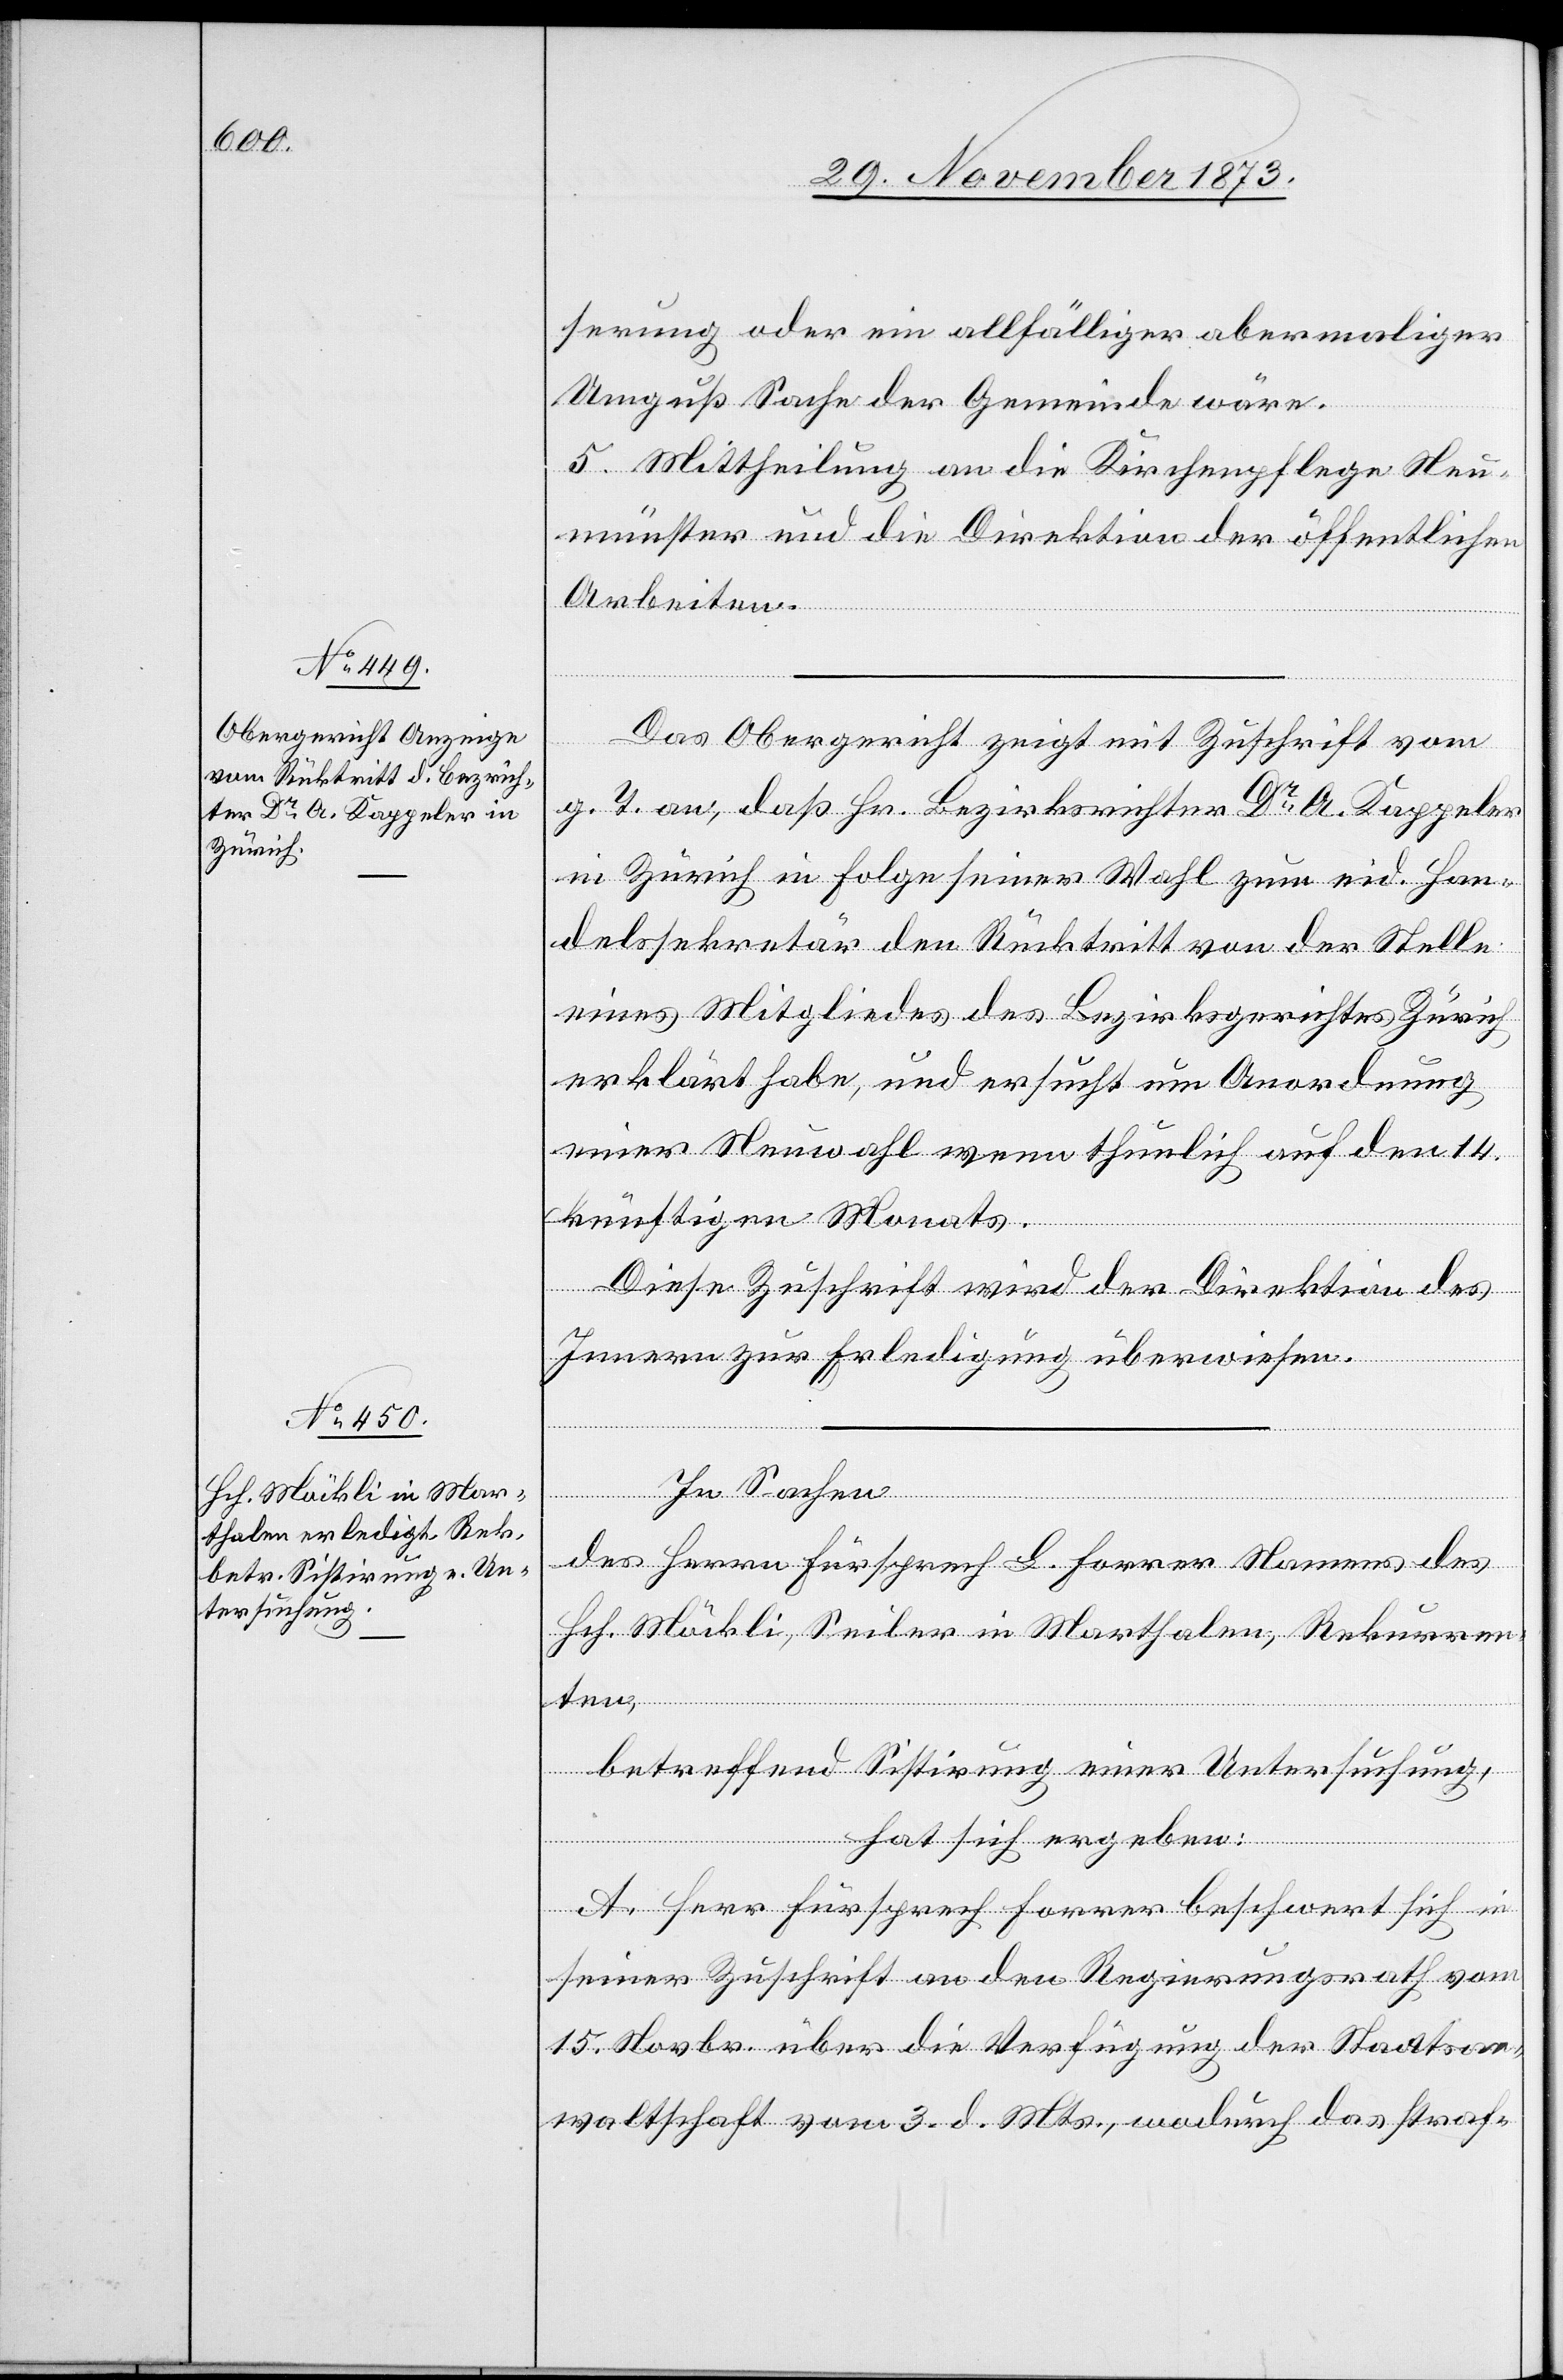
serung oder ein allfälliger abermaliger
Umguß Sache der Gemeinde wäre.
5. Mittheilung an die Kirchenpflege Neu¬
Arbeiten.
Das Obergericht zeigt mit Zuschrift vom
g. T. an, daß Hr. Bezirksrichter Dr A. Kappeler
in Zürich in Folge seiner Wahl zum eid. Han¬
delssekretär den Rücktritt von der Stelle
eines Mitgliedes des Bezirksgerichtes Zürich
erklärt habe, und ersucht um Anordnung
einer Neuwahl wenn thunlich auf den 14.
künftigen Monats.
Diese Zuschrift wird der Direktion des
Innern zur Erledigung überwiesen.
der
In Sachen
des Herrn Fürsprech L. Forrer Namens des
Hch. Möckli, Seiler in Marthalen, Rekurren¬
ten,
betreffend Sistirung einer Untersuchung,
hat sich ergeben:
A. Herr Fürsprech Forrer beschwert sich in
seiner Zuschrift an den Regierungsrath vom
15. Novbr. über die Verfügung der Staatsan¬
waltschaft vom 3. d. Mts., wodurch das straf-